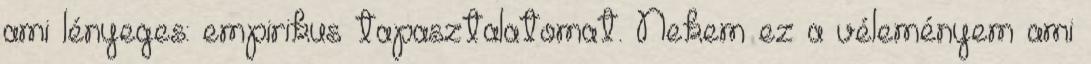
ami lényeges: empirikus tapasztalatomat. Nekem ez a véleményem ami